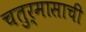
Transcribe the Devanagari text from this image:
चतुर्मासाची